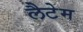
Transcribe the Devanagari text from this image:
लैटेम